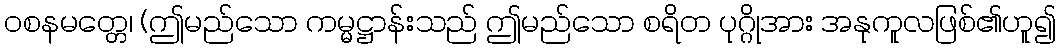
ဝစနမတ္တေ၊ (ဤမည်သော ကမ္မဋ္ဌာန်းသည် ဤမည်သော စရိတ ပုဂ္ဂိုအား အနုကူလဖြစ်၏ဟူ၍